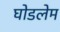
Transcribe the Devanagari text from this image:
घोडलेम